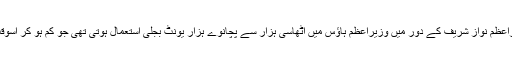
اجلاس کو بتایا گیا کہ سابق وزیراعظم نواز شریف کے دور میں وزیراعظم ہاؤس میں اٹھاسی ہزار سے پچانوے ہزار یونٹ بجلی استعمال ہوتی تھی جو کم ہو کر اسوقت چوالیس ہزار یونٹ ہوگئی ہے۔